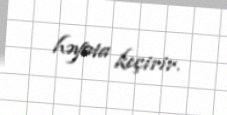
həyata keçirir.